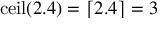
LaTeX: \operatorname { c e i l } ( 2 . 4 ) = \lceil 2 . 4 \rceil = 3